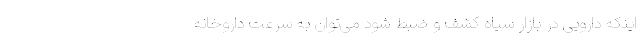
اینکه دارویی در بازار سیاه کشف و ضبط شود می‌توان به سرعت داروخانه